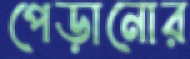
পেড়ানোর